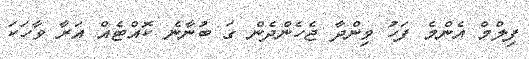
ފިލްމް އެންމެ ފަހު ވިންދާ ޖެހެންދެން ގަ ބުނާނެ ކޮއްޓެއް އަރާ ވާހަކަ